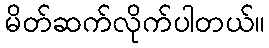
မိတ်ဆက်လိုက်ပါတယ်။